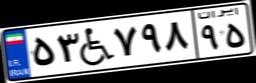
۰۲W۶۲۰۳۹